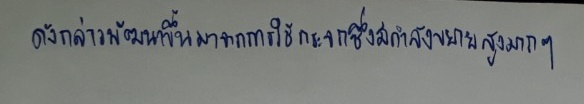
ดังกล่าวพัฒนาขึ้นมาจากการใช้กระจกซึ่งมีกำลังขยายสูงมากๆ